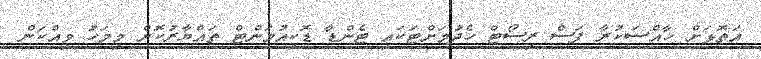
އަތޮޅަށް ހާއްސަކުރާ ފަސް ރިސޯޓް ހެދުމަށްޓަކައި ޓެންޑާ ޑޮކިއުމަންޓް ތައްޔާރުކޮށް މިމަހު ވިއްކަން